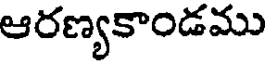
ఆరణ్యకాండము